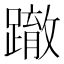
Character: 𨅊